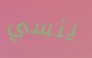
ينسي